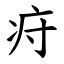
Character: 疛